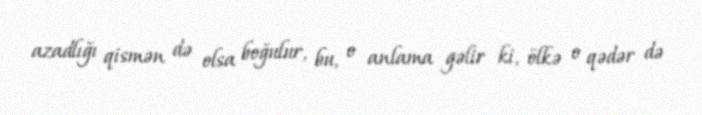
azadlığı qismən də olsa boğulur, bu, o anlama gəlir ki, ölkə o qədər də